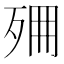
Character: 𣧺